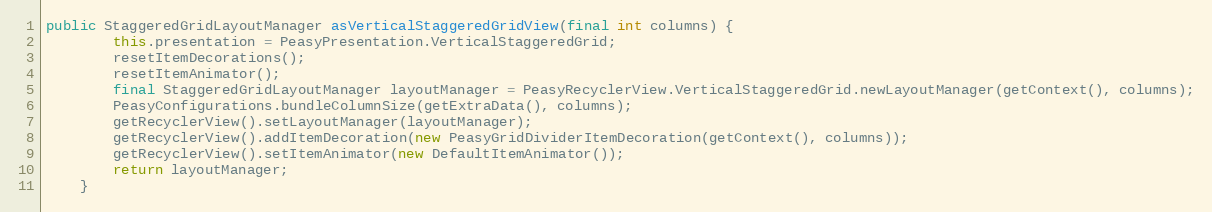
Language: Java
public StaggeredGridLayoutManager asVerticalStaggeredGridView(final int columns) {
        this.presentation = PeasyPresentation.VerticalStaggeredGrid;
        resetItemDecorations();
        resetItemAnimator();
        final StaggeredGridLayoutManager layoutManager = PeasyRecyclerView.VerticalStaggeredGrid.newLayoutManager(getContext(), columns);
        PeasyConfigurations.bundleColumnSize(getExtraData(), columns);
        getRecyclerView().setLayoutManager(layoutManager);
        getRecyclerView().addItemDecoration(new PeasyGridDividerItemDecoration(getContext(), columns));
        getRecyclerView().setItemAnimator(new DefaultItemAnimator());
        return layoutManager;
    }